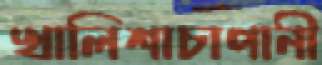
খালিশাচাপানী